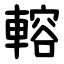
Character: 䡥